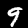
Digit: 9